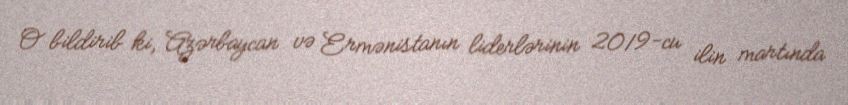
O bildirib ki, Azərbaycan və Ermənistanın liderlərinin 2019-cu ilin martında